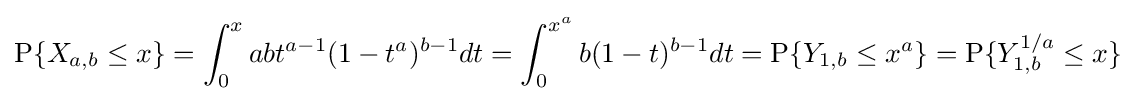
\operatorname {P} \{X_{a,b}\leq x\}=\int _{0}^{x}abt^{a-1}(1-t^{a})^{b-1}dt=\int _{0}^{x^{a}}b(1-t)^{b-1}dt=\operatorname {P} \{Y_{1,b}\leq x^{a}\}=\operatorname {P} \{Y_{1,b}^{1/a}\leq x\}